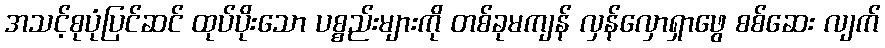
အသင့်စုပုံပြင်ဆင် ထုပ်ပိုးသော ပစ္စည်းများကို တစ်ခုမကျန် လှန်လှောရှာဖွေ စစ်ဆေး လျက်